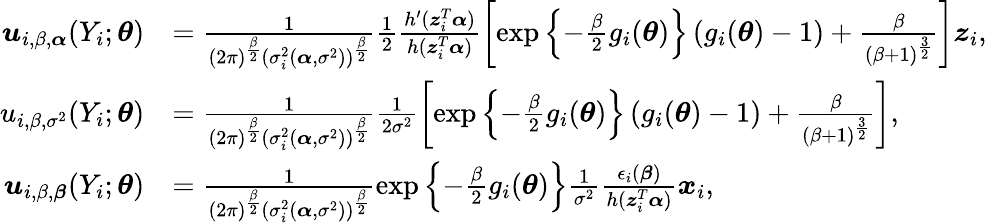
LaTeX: \begin{array}{rl}{\boldsymbol{u}_{i,\beta,\boldsymbol{\alpha}}(Y_{i};\boldsymbol{\theta})}&{=\frac{1}{(2\pi)^{\frac{\beta}{2}}(\sigma_{i}^{2}(\boldsymbol{\alpha},\sigma^{2}))^{\frac{\beta}{2}}}\frac{1}{2}\frac{h^{\prime}(\boldsymbol{z}_{i}^{T}\boldsymbol{\alpha})}{h(\boldsymbol{z}_{i}^{T}\boldsymbol{\alpha})}\left[\exp\left\{ -\frac{\beta}{2}g_{i}(\boldsymbol{\theta})\right\} \left(g_{i}(\boldsymbol{\theta})-1\right)+\frac{\beta}{(\beta+1)^{\frac{3}{2}}}\right]\boldsymbol{z}_{i},}\\ {u_{i,\beta,\sigma^{2}}(Y_{i};\boldsymbol{\theta})}&{=\frac{1}{(2\pi)^{\frac{\beta}{2}}(\sigma_{i}^{2}(\boldsymbol{\alpha},\sigma^{2}))^{\frac{\beta}{2}}}\frac{1}{2\sigma^{2}}\left[\exp\left\{ -\frac{\beta}{2}g_{i}(\boldsymbol{\theta})\right\} \left(g_{i}(\boldsymbol{\theta})-1\right)+\frac{\beta}{(\beta+1)^{\frac{3}{2}}}\right],}\\ {\boldsymbol{u}_{i,\beta,\boldsymbol{\beta}}(Y_{i};\boldsymbol{\theta})}&{=\frac{1}{(2\pi)^{\frac{\beta}{2}}(\sigma_{i}^{2}(\boldsymbol{\alpha},\sigma^{2}))^{\frac{\beta}{2}}}\exp\left\{ -\frac{\beta}{2}g_{i}(\boldsymbol{\theta})\right\} \frac{1}{\sigma^{2}}\frac{\epsilon_{i}(\boldsymbol{\beta})}{h(\boldsymbol{z}_{i}^{T}\boldsymbol{\alpha})}\boldsymbol{x}_{i},}\end{array}